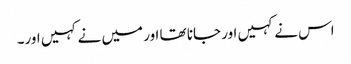
اس نے کہیں اور جانا تھا اور میں نے کہیں اور۔